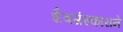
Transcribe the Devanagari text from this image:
शैवसंस्काराने